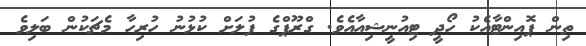
ތިން ޕޮއިންޓާއެކު ހޯދީ ޓިއުނީޝިއާއެވެ. ގްރޫޕްގެ ފުލަށް ކުޅުނު ހުރިހާ މެޗަކުން ބަލިވެ